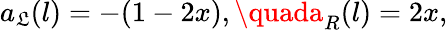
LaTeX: a_{\mathfrak{L}}(l)=-(1-2x),\quada_{R}(l)=2x,